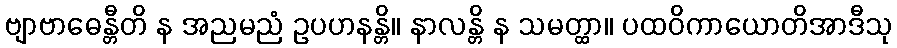
ဗျာဗာဓေန္တီတိ န အညမညံ ဥပဟနန္တိ။ နာလန္တိ န သမတ္ထာ။ ပထဝိကာယောတိအာဒီသု